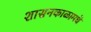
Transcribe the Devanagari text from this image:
शासनकाळामधे